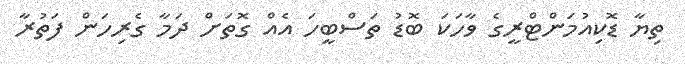
ތިޔާ ޑޮކިއުމަންޓްރީގެ ވާހަކަ ބޮޑު ތަސްބީހަ އެއް ގޮތަށް ދަމާ ގެރިހަން ފަތުރާ